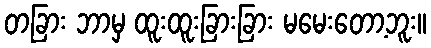
တခြား ဘာမှ ထူးထူးခြားခြား မမေးတော့ဘူး။